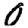
Digit: 0